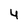
Character: 4